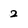
Character: 2